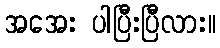
အအေး ပါပြီးပြီလား။